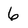
Character: 6